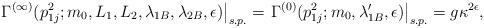
LaTeX: \begin{align*}\left.\Gamma^{(\infty)} (p_{1j}^{2}; m_{0}, L_{1},L_{2}, \lambda_{1B},\lambda_{2B}, \epsilon) \right|_{s.p.} = \left. \Gamma ^{(0)}(p_{1j}^{2}; m_{0}, \lambda_{1B}', \epsilon) \right|_{s.p.} = g\kappa ^{2\epsilon}, \end{align*}